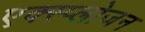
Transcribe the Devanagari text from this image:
एक्स्प्लोजन